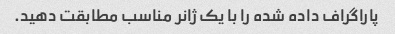
پاراگراف داده شده را با یک ژانر مناسب مطابقت دهید.